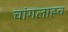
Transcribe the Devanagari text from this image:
चांगलाहच